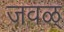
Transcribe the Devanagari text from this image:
जवळ्